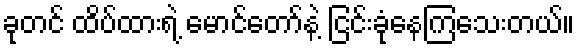
ခုတင် ထိပ်ထားရဲ့ မောင်တော်နဲ့ ငြင်းခုံနေကြသေးတယ်။